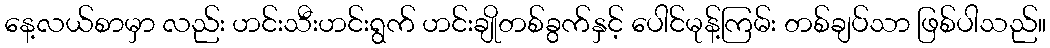
နေ့လယ်စာမှာ လည်း ဟင်းသီးဟင်းရွက် ဟင်းချိုတစ်ခွက်နှင့် ပေါင်မုန့်ကြမ်း တစ်ချပ်သာ ဖြစ်ပါသည်။